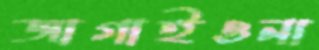
জাগাইওনা